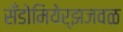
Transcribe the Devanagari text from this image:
सँडोमियेर्झजवळ